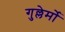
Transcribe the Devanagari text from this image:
गुल्लेर्मो